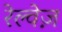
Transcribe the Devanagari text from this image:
रेल्वेज़